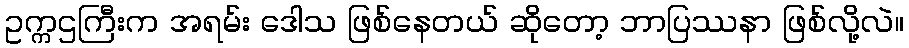
ဥက္ကဌကြီးက အရမ်း ဒေါသ ဖြစ်နေတယ် ဆိုတော့ ဘာပြဿနာ ဖြစ်လို့လဲ။